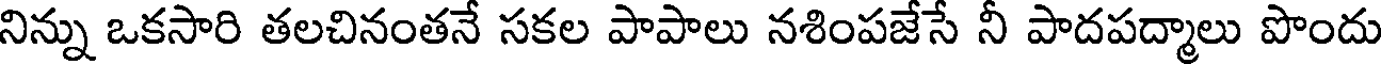
నిన్ను ఒకసారి తలచినంతనే సకల పాపాలు నశింపజేసే నీ పాదపద్మాలు పొందు